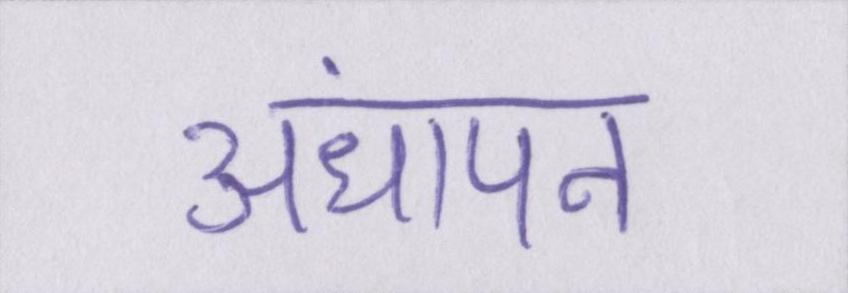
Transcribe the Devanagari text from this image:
अंधापन